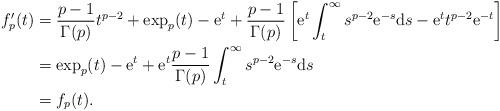
LaTeX: \begin{align*}f_p'(t)&=\dfrac{p-1}{\Gamma(p)}t^{p-2}+\exp_p(t)-\mathrm{e}^t+\dfrac{p-1}{\Gamma(p)}\left[\mathrm{e}^t\int_t^\infty s^{p-2}\mathrm{e}^{-s}\mathrm ds-\mathrm{e}^tt^{p-2}\mathrm{e}^{-t}\right]\\&=\exp_p(t)-\mathrm{e}^t+\mathrm{e}^t\dfrac{p-1}{\Gamma(p)}\int_t^\infty s^{p-2}\mathrm{e}^{-s}\mathrm ds\\&=f_p(t).\end{align*}